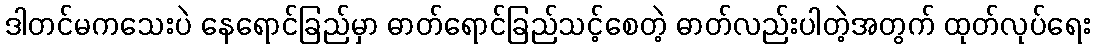
ဒါတင်မကသေးပဲ နေရောင်ခြည်မှာ ဓာတ်ရောင်ခြည်သင့်စေတဲ့ ဓာတ်လည်းပါတဲ့အတွက် ထုတ်လုပ်ရေး